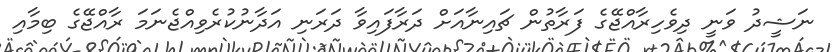
ނަޝީދު ވަނީ ދިވެހިރާއްޖޭގެ ފަރާތުން ޗައިނާއަށް ދަރާފައިވާ ދަރަނި އަދާނުކުރެވިއްޖެނަމަ ރާއްޖޭގެ ބިމާއި